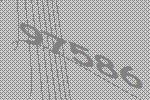
97586